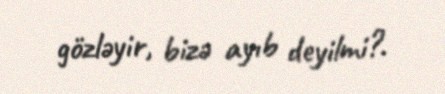
gözləyir, bizə ayıb deyilmi?.